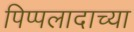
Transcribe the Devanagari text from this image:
पिप्पलादाच्या